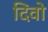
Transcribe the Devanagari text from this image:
दिवो